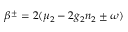
\beta ^ { \pm } = 2 ( \mu _ { 2 } - 2 g _ { 2 } n _ { 2 } \pm \omega )